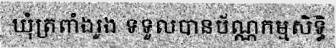
ឃុំត្រពាំងរូង ទទួលបានប័ណ្ណកម្មសិទ្ធិ